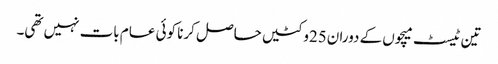
تین ٹیسٹ میچوں کے دوران25وکٹیں حاصل کرنا کوئی عام بات نہیں تھی۔